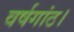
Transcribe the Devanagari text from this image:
वर्षगांठ।